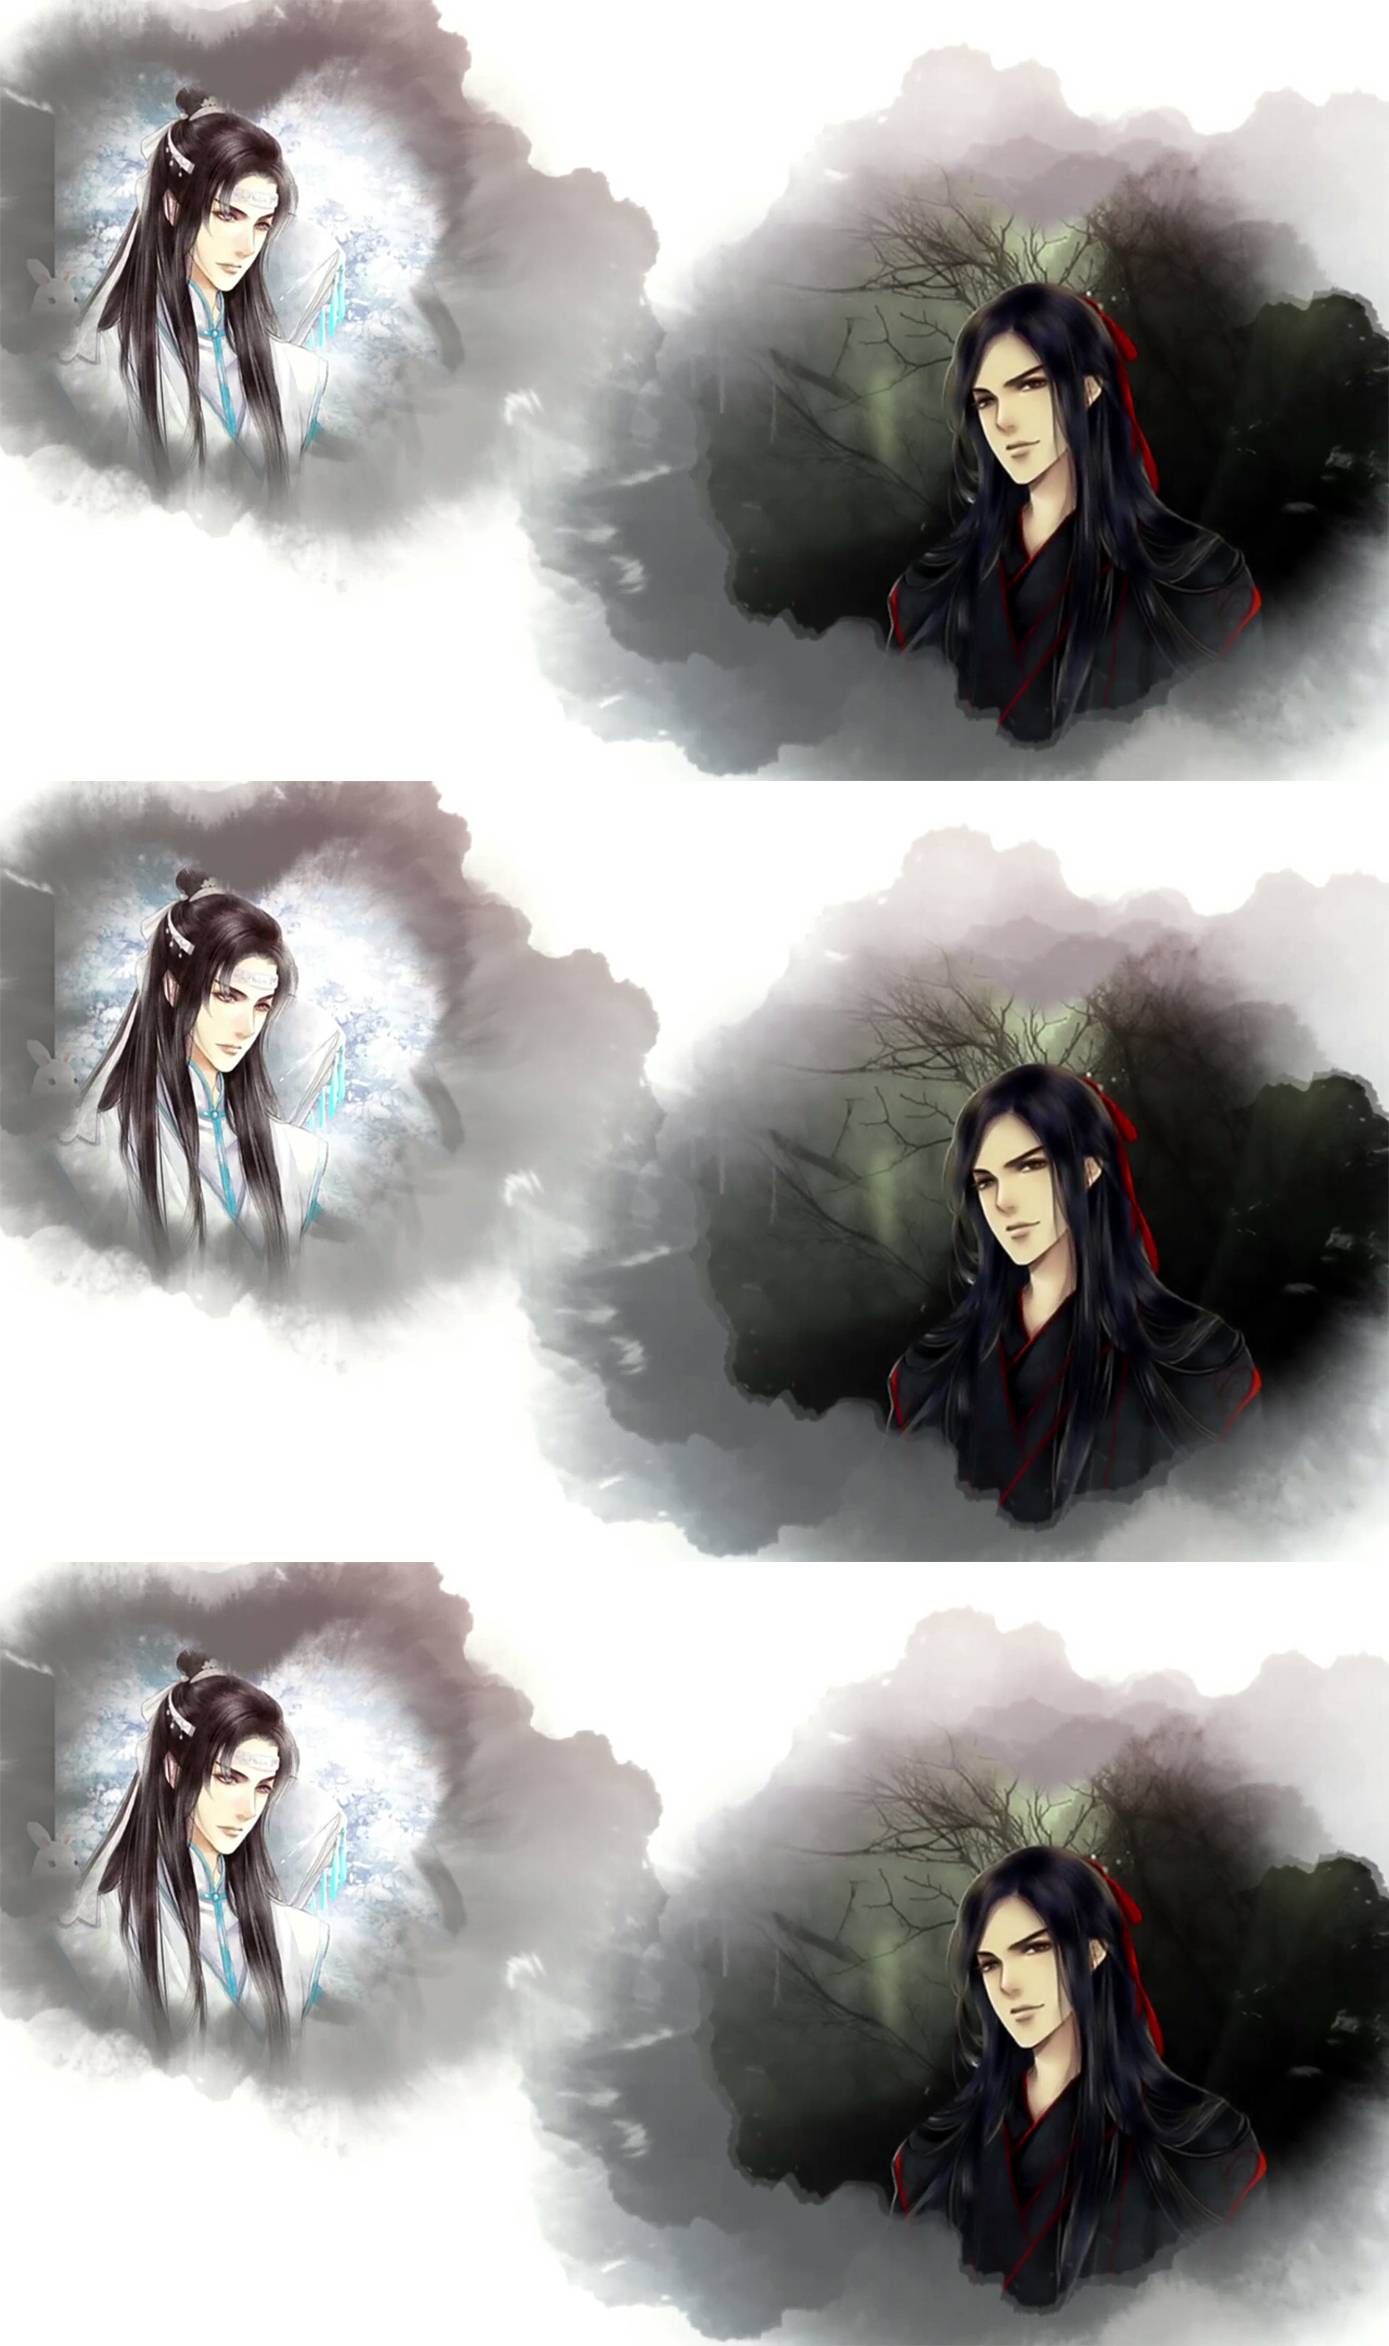
把酒祝东风，且莫恁匆匆去。